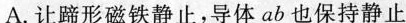
A. 让蹄形磁铁静止，导体 ab 也保持静止